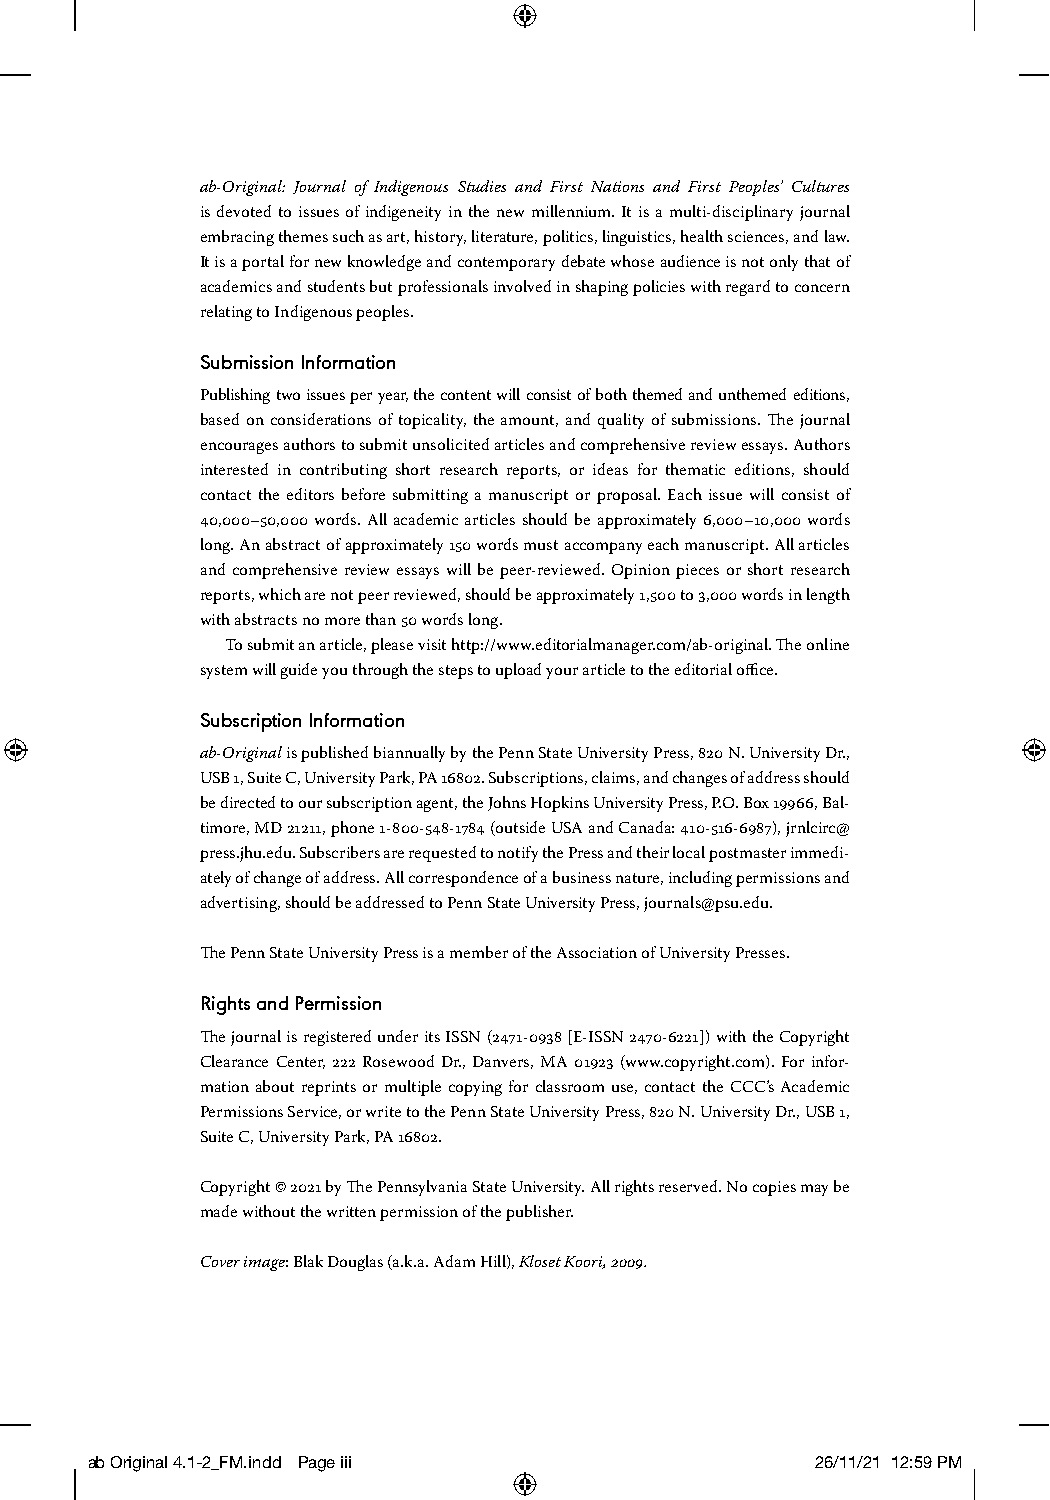
ab-Original: Journal of Indigenous Studies and First Nations and First Peoples’ Cultures
 is devoted to issues of indigeneity in the new millennium. It is a multi-disciplinary journal
 embracing themes such as art, history, literature, politics, linguistics, health sciences, and law.
 It is a portal for new knowledge and contemporary debate whose audience is not only that of
 academics and students but professionals involved in shaping policies with regard to concern
 relating to Indigenous peoples.
 Submission Information
 Publishing two issues per year, the content will consist of both themed and unthemed editions,
 based on considerations of topicality, the amount, and quality of submissions. The journal
 encourages authors to submit unsolicited articles and comprehensive review essays. Authors
 interested in contributing short research reports, or ideas for thematic editions, should
 contact the editors before submitting a manuscript or proposal. Each issue will consist of
 40,000–50,000 words. All academic articles should be approximately 6,000–10,000 words
 long. An abstract of approximately 150 words must accompany each manuscript. All articles
 and comprehensive review essays will be peer-reviewed. Opinion pieces or short research
 reports, which are not peer reviewed, should be approximately 1,500 to 3,000 words in length
 with abstracts no more than 50 words long.
 To submit an article, please visit http://www.editorialmanager.com/ab-original. The online
 system will guide you through the steps to upload your article to the editorial office.
 Subscription Information
 ab-Original is published biannually by the Penn State University Press, 820 N. University Dr.,
 USB 1, Suite C, University Park, PA 16802. Subscriptions, claims, and changes of address should
 be directed to our subscription agent, the Johns Hopkins University Press, P.O. Box 19966, Bal-
 timore, MD 21211, phone 1-800-548-1784 (outside USA and Canada: 410-516-6987), jrnlcirc@
 press.jhu.edu. Subscribers are requested to notify the Press and their local postmaster immedi-
 ately of change of address. All correspondence of a business nature, including permissions and
 advertising, should be addressed to Penn State University Press, journals@psu.edu.
 The Penn State University Press is a member of the Association of University Presses.
 Rights and Permission
 The journal is registered under its ISSN (2471-0938 [E-ISSN 2470-6221]) with the Copyright
 Clearance Center, 222 Rosewood Dr., Danvers, MA 01923 (www.copyright.com). For infor-
 mation about reprints or multiple copying for classroom use, contact the CCC’s Academic
 Permissions Service, or write to the Penn State University Press, 820 N. University Dr., USB 1,
 Suite C, University Park, PA 16802.
 Copyright © 2021 by The Pennsylvania State University. All rights reserved. No copies may be
 made without the written permission of the publisher.
 Cover image: Blak Douglas (a.k.a. Adam Hill), Kloset Koori, 2009.
 ab Original 4.1-2_FM.indd Page iii              26/11/21 12:59 PM